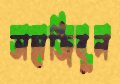
তাহাজিবুল